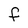
Character: F